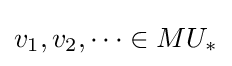
v_{1},v_{2},\dots \in MU_{*}